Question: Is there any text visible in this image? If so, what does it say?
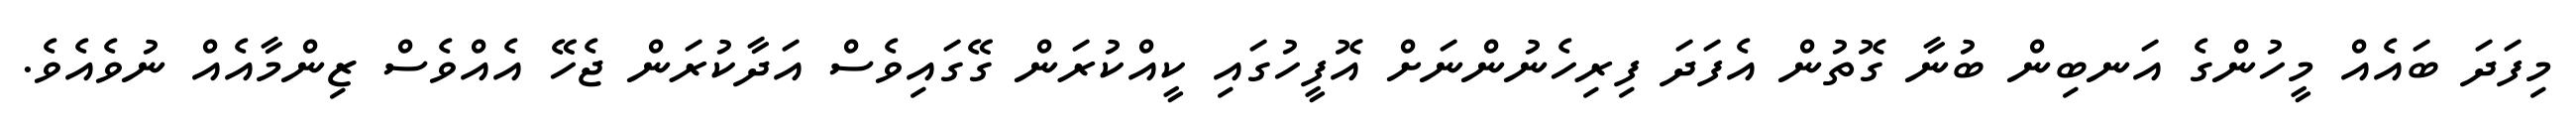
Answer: މިފަދަ ބައެއް މީހުންގެ އަނބިން ބުނާ ގޮތުން އެފަދަ ފިރިހެނުންނަށް އޮފީހުގައި ކީއްކުރަން ގޭގައިވެސް އަދާކުރަން ޖެހޭ އެއްވެސް ޒިންމާއެއް ނުވެއެވެ.